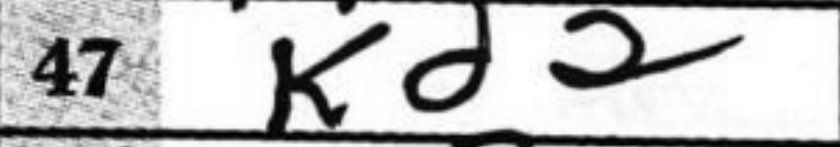
Transcription: Kd2